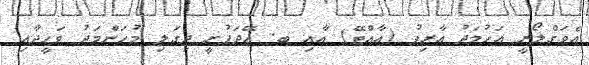
އެވަގްލޯރީ އަހުމަދު އާރިފު (އާއްޓޭ) އާއި ބ. އޭދަފުށީ ދިގަލި މުހަންމަދު ވަހީދާއި